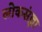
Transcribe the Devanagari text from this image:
लोकसंज्ञा